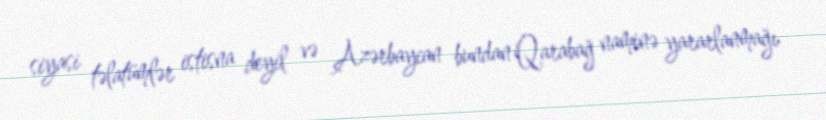
siyasi təlatümlər istisna deyil və Azərbaycan bundan Qarabağ naminə yararlanmağı